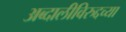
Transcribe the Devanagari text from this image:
अब्दालीविरुद्दच्या